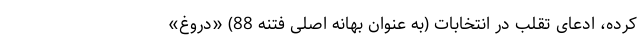
کرده، ادعای تقلب در انتخابات (به عنوان بهانه اصلی فتنه 88) «دروغ»